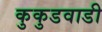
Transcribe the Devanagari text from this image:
कुकुडवाडी